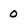
Character: 0